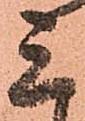
ミ